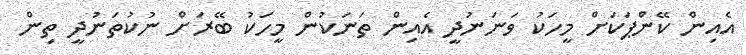
އެއިން ކޭންޕަކަށް މީހަކު ވަނަނުދީ އެއިން ތަނަކުން މީހަކު ބޭރަށް ނުކުތަނުދީ ތިން